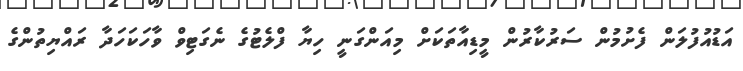
އަޑުއުފުލަން ފެށުމުން ސަރުކާރުން މީޑިއާތަކަށް މިއަންގަނީ ހިޔާ ފްލެޓުގެ ނެގަޓިވް ވާހަކަހަދާ ރައްޔިތުންގެ